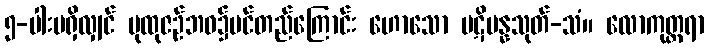
၅-ပါးမရှိလျှင် ပုထုဇဉ်ဘဝ၌ပင်တည်ကြောင်း ဟောသော ပဋိပန္နသုတ်-သံ။ လောကုတ္တရာ